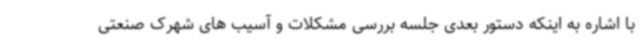
با اشاره به اینکه دستور بعدی جلسه بررسی مشکلات و آسیب های شهرک صنعتی